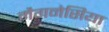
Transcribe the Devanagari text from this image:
मैगनेसिया